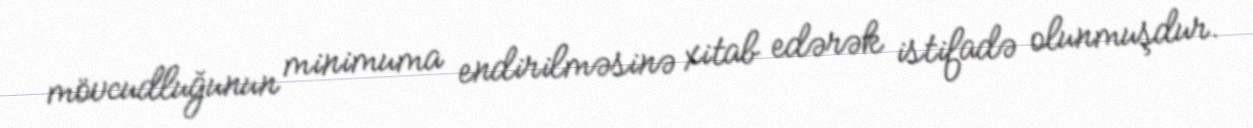
mövcudluğunun minimuma endirilməsinə xitab edərək istifadə olunmuşdur.